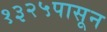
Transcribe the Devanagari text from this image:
१३२५पासून